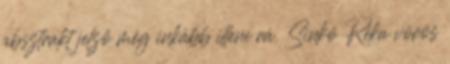
absztrakt jelző még inkább illene rá. Sinkó Réka vörös